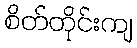
စိတ်တိုင်းကျ